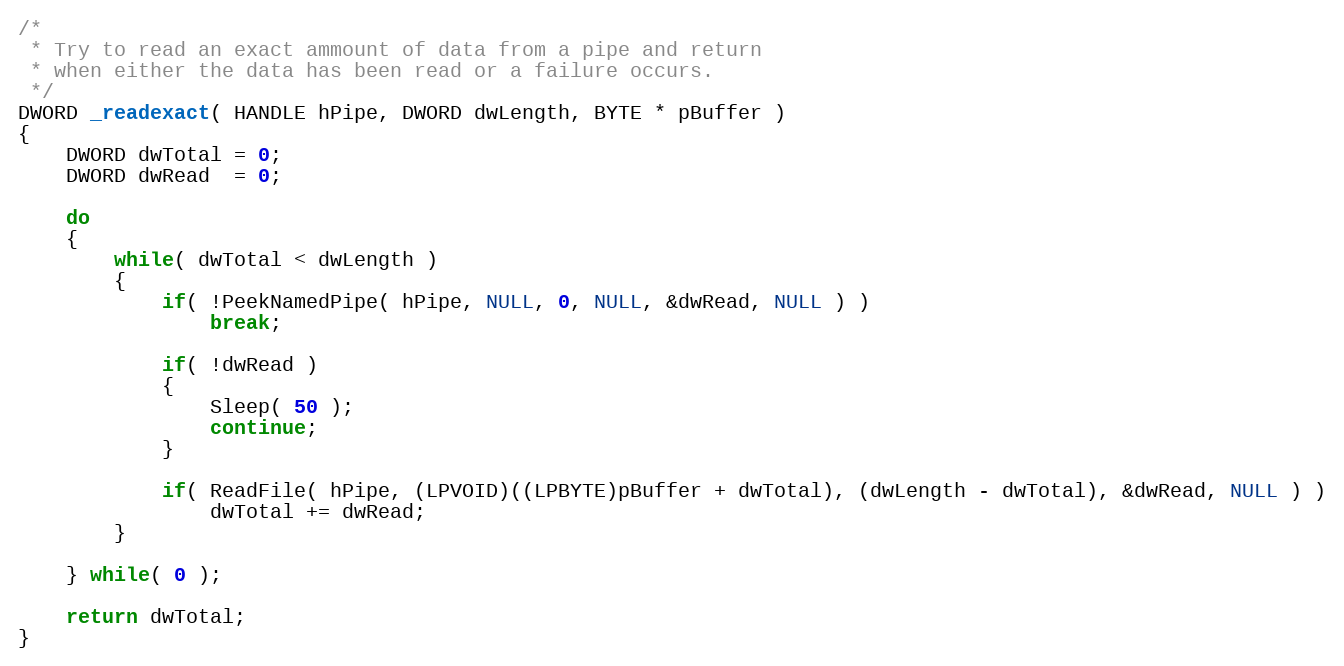
Language: C
/*
 * Try to read an exact ammount of data from a pipe and return
 * when either the data has been read or a failure occurs.
 */
DWORD _readexact( HANDLE hPipe, DWORD dwLength, BYTE * pBuffer )
{
	DWORD dwTotal = 0;
	DWORD dwRead  = 0;

	do
	{
		while( dwTotal < dwLength )
		{
			if( !PeekNamedPipe( hPipe, NULL, 0, NULL, &dwRead, NULL ) )
				break;

			if( !dwRead )
			{
				Sleep( 50 );
				continue;
			}

			if( ReadFile( hPipe, (LPVOID)((LPBYTE)pBuffer + dwTotal), (dwLength - dwTotal), &dwRead, NULL ) )
				dwTotal += dwRead;
		}

	} while( 0 );

	return dwTotal;
}